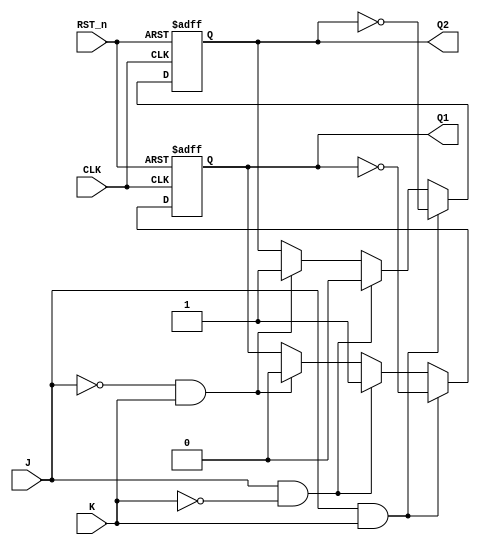
module JK_FF (input CLK,
              input J,
              input K,
              input RST_n,
              output reg Q1,
              output reg Q2);
    
    always @(posedge CLK or negedge RST_n)    begin
        if (RST_n == 0) begin
            Q1 = 0;
            Q2 = 1;
        end
        else begin
            if (J == 1 && K == 1) begin
                Q1 = ~Q1;
                Q2 = ~Q2;
            end
            else
                if (J == 1 && K == 0) begin
                    Q1 = 1;
                    Q2 = 0;
                end
                else
                    if (J == 0 && K == 1) begin
                        Q1 = 0;
                        Q2 = 1;
                    end
            
        end
    end
    
endmodule